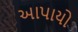
આપાયો